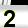
Digit: 2